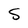
Character: S